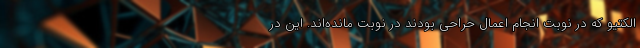
الکتیو که در نوبت انجام اعمال حراحی بودند در نوبت مانده‌اند. این در